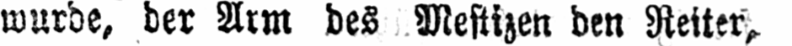
wurde, der Arm des Mestizen den Reiter,